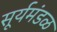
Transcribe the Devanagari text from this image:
सूर्यमंडळ